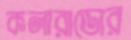
কলারাডোর